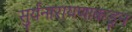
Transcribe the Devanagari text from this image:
सुर्यनारायणाकडून